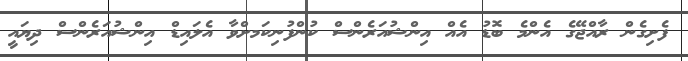
ފެށިގެން ރާއްޖޭގެ އެންމެ ބޮޑު އެއް އިންޝުއަރެންސް ކުންފުނިކަމށްވާ އެލައިޑް އިންޝުއަރެންސް ދިޔައީ